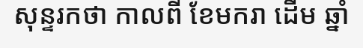
សុន្ទរកថា កាលពី ខែមករា ដើម ឆ្នាំ